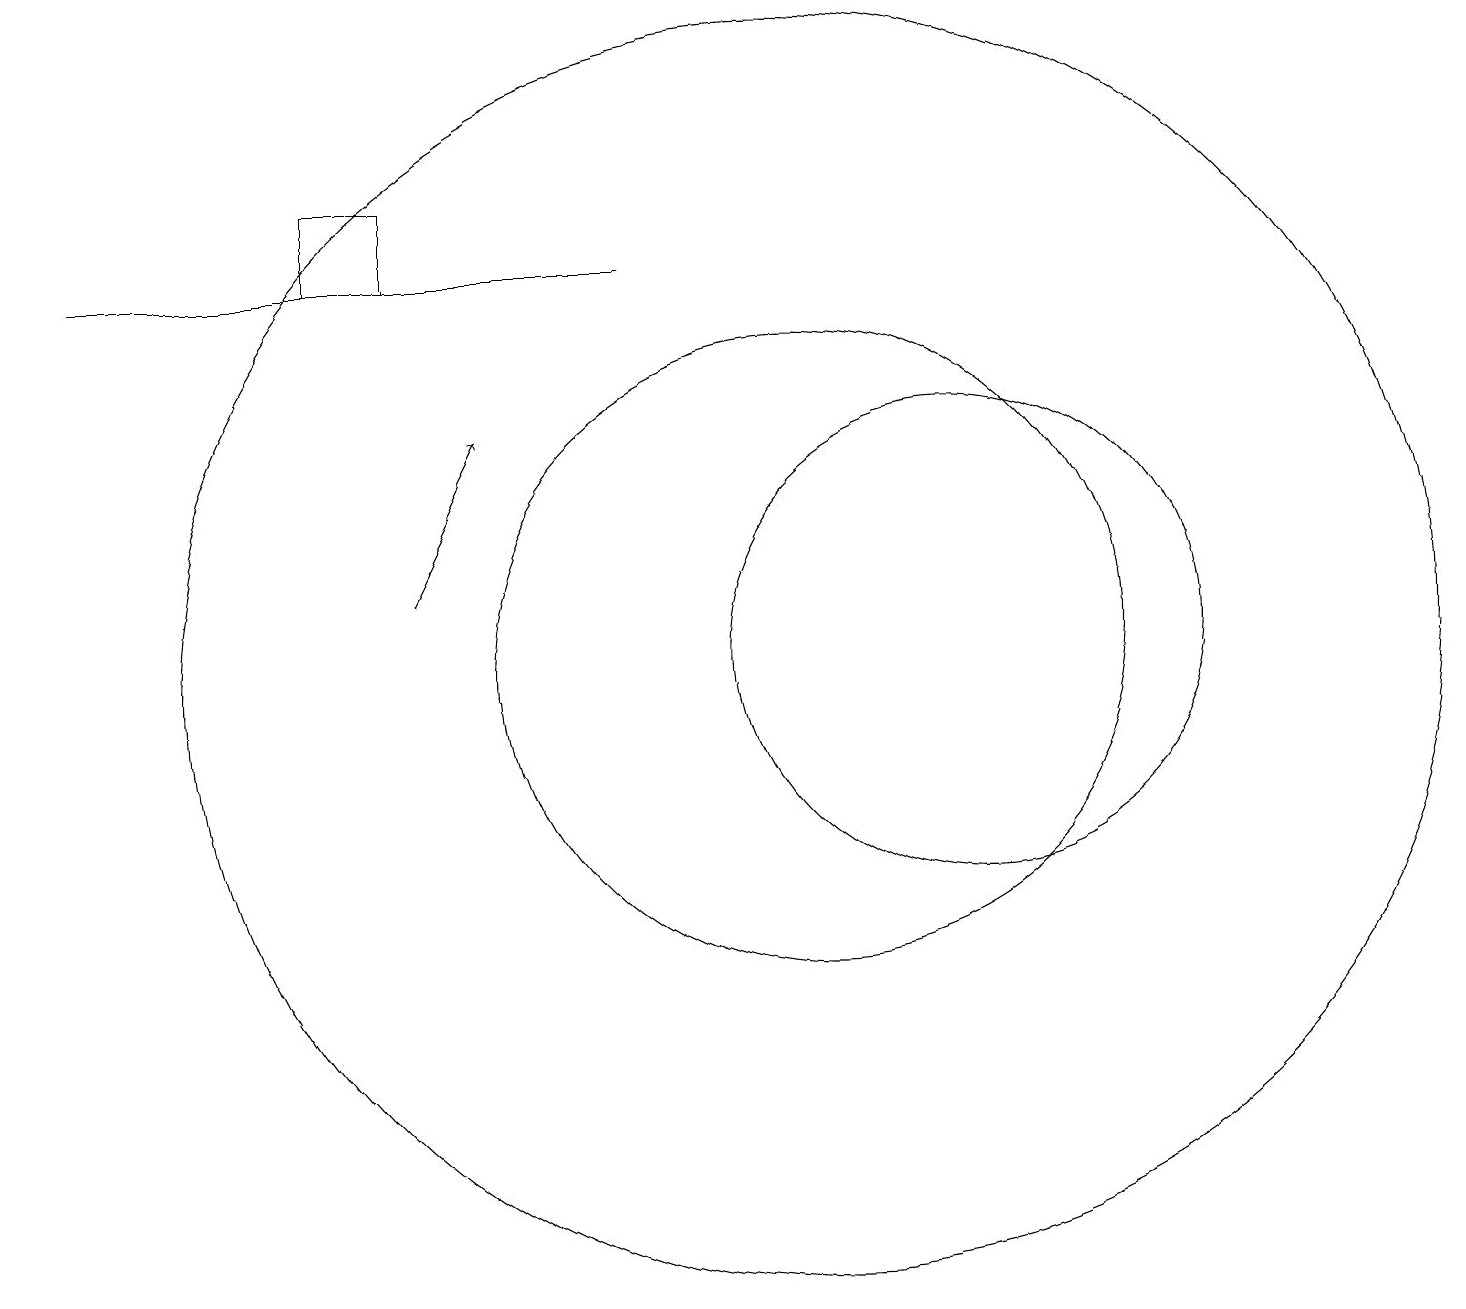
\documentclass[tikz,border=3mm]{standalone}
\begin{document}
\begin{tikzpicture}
\draw[->] (5,12) -- (6,14);
\draw (12,11) circle (3);
\draw (10,11) circle (4);
\draw (0,17) rectangle (0,18);
\draw (10,11) circle (8);
\draw (8,16) rectangle (1,16);
\draw (4,16) rectangle (5,17);
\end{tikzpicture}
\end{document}